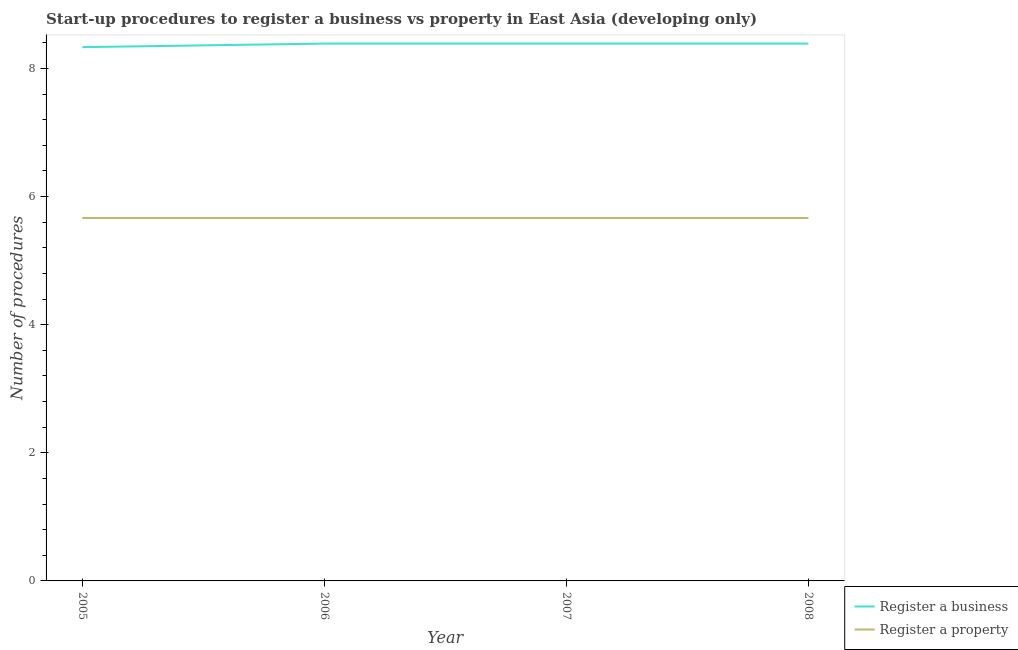
| Year | Register a business | Register a property |
 | --- | --- | --- |
 | 2005 | 8.33 | 5.67 |
 | 2006 | 8.39 | 5.67 |
 | 2007 | 8.39 | 5.67 |
 | 2008 | 8.39 | 5.67 |